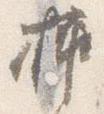
挿